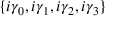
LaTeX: \{ i \gamma _ { 0 } , i \gamma _ { 1 } , i \gamma _ { 2 } , i \gamma _ { 3 } \}